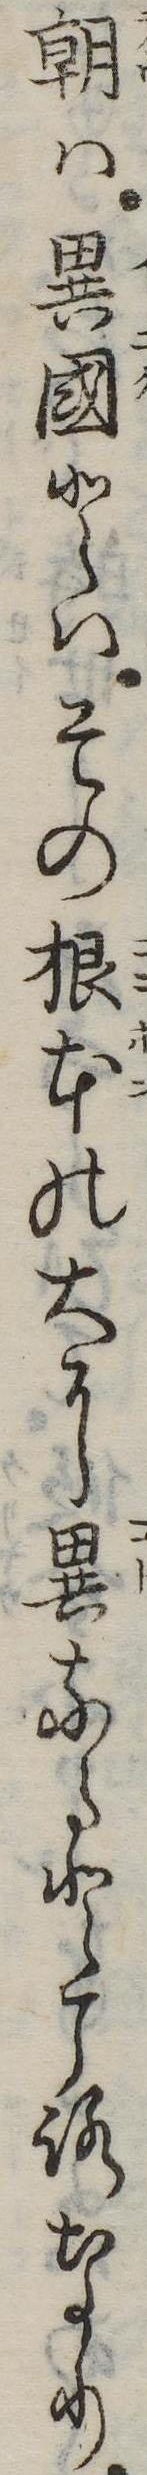
朝は異国とはその根本の大に異なるところなり